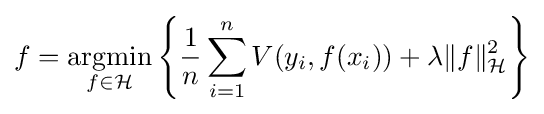
f={\underset {f\in {\mathcal {H}}}{\operatorname {argmin} }}\left\{{\frac {1}{n}}\sum _{i=1}^{n}V(y_{i},f(x_{i}))+\lambda \|f\|_{\mathcal {H}}^{2}\right\}